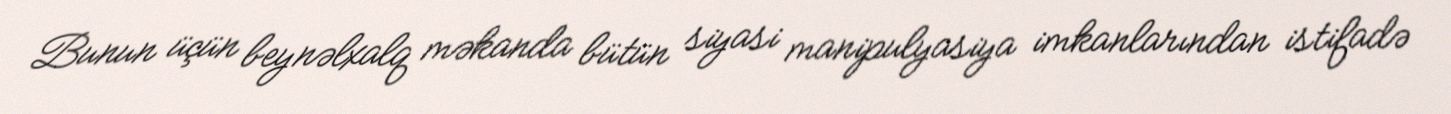
Bunun üçün beynəlxalq məkanda bütün siyasi manipulyasiya imkanlarından istifadə